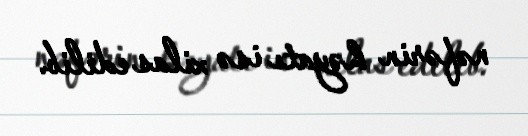
nəfərin həyatı isə xilas edilib.